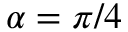
\alpha = \pi / 4